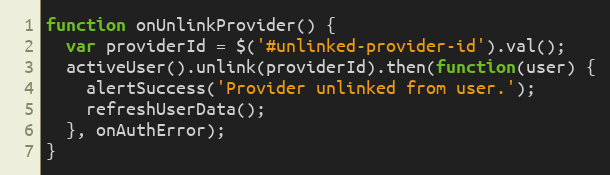
Language: JavaScript
function onUnlinkProvider() {
  var providerId = $('#unlinked-provider-id').val();
  activeUser().unlink(providerId).then(function(user) {
    alertSuccess('Provider unlinked from user.');
    refreshUserData();
  }, onAuthError);
}